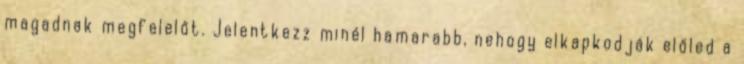
magadnak megfelelőt. Jelentkezz minél hamarabb, nehogy elkapkodják előled a